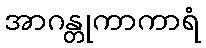
အာဂန္တုကာကာရံ